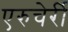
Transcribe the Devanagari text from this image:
एरुचेर्री